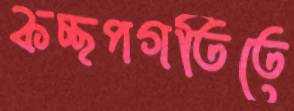
কচ্ছপগতিতে